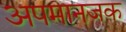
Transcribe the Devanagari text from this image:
अपमानजक